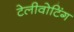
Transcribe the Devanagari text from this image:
टेलीवोटिंग